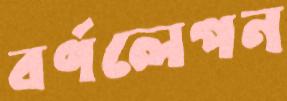
বর্ণলেপন